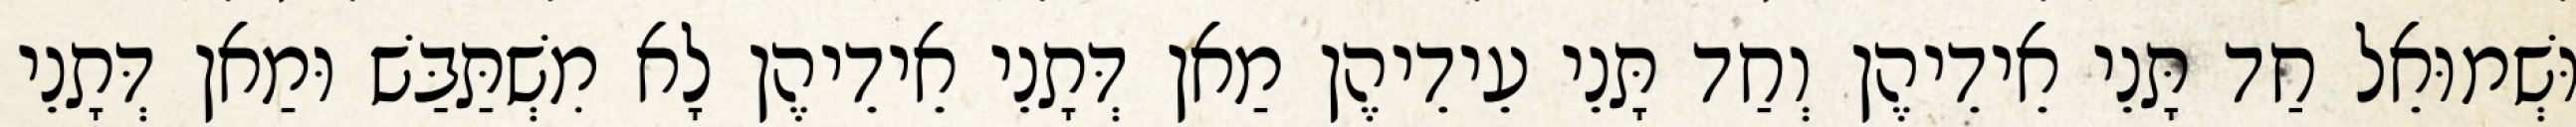
וּשְׁמוּאֵל חַד תָּנֵי אֵידֵיהֶן וְחַד תָּנֵי עֵידֵיהֶן מַאן דְּתָנֵי אֵידֵיהֶן לָא מִשְׁתַּבַּשׁ וּמַאן דְּתָנֵי